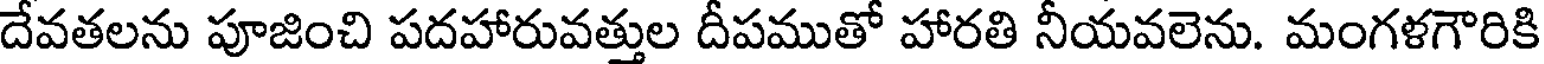
దేవతలను పూజించి పదహారువత్తుల దీపముతో హారతి నీయవలెను. మంగళగౌరికి